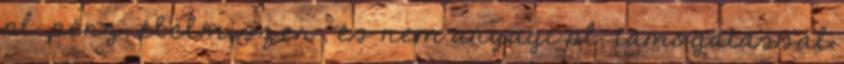
pl. pénz, élelmiszer , és nem anyagi pl. támogatással